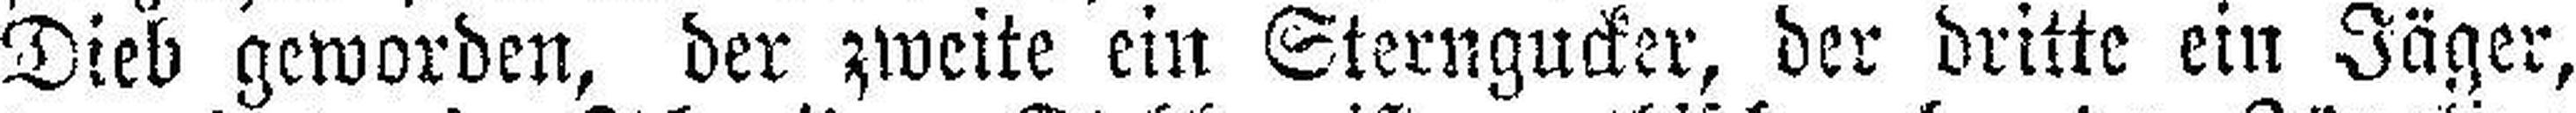
Dieb geworden, der zweite ein Sterngucker, der dritte ein Jäger,